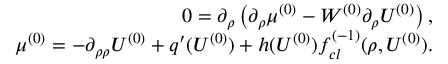
\begin{array} { r l r } & { } & { 0 = \partial _ { \rho } \left( \partial _ { \rho } \mu ^ { ( 0 ) } - W ^ { ( 0 ) } \partial _ { \rho } U ^ { ( 0 ) } \right) , } \\ & { } & { \mu ^ { ( 0 ) } = - \partial _ { \rho \rho } U ^ { ( 0 ) } + q ^ { \prime } ( U ^ { ( 0 ) } ) + h ( U ^ { ( 0 ) } ) f _ { c l } ^ { ( - 1 ) } ( \rho , U ^ { ( 0 ) } ) . } \end{array}